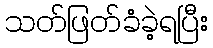
သတ်ဖြတ်ခံခဲ့ရပြီး